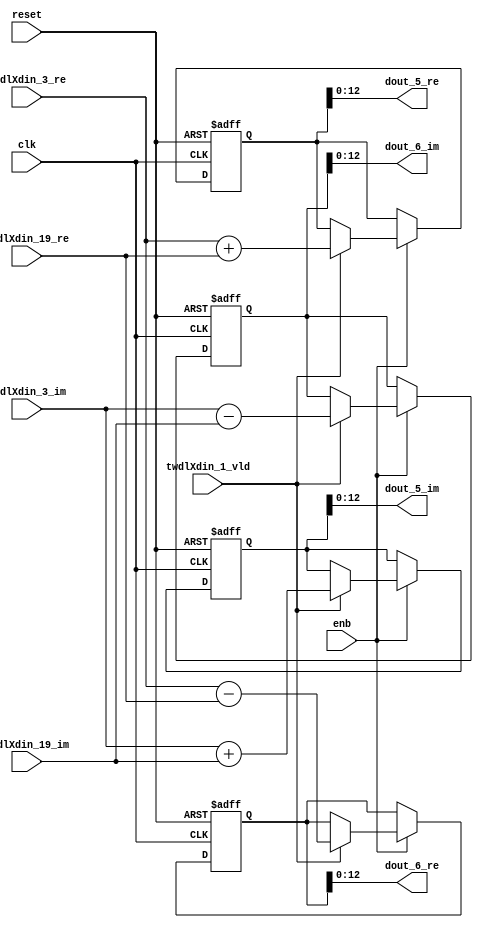
// -------------------------------------------------------------
// 
// 
// Generated by MATLAB 9.14 and HDL Coder 4.1
// 
// -------------------------------------------------------------


// -------------------------------------------------------------
// 
// Module: RADIX22FFT_SDNF1_1_block1
// Source Path: RSP/RSP/Velocity Processor/Doppler Processing/Doppler Processor/FFT/RADIX22FFT_SDNF1_1
// Hierarchy Level: 5
// 
// -------------------------------------------------------------

`timescale 1 ns / 1 ns

module RADIX22FFT_SDNF1_1_block1
          (clk,
           reset,
           enb,
           twdlXdin_3_re,
           twdlXdin_3_im,
           twdlXdin_19_re,
           twdlXdin_19_im,
           twdlXdin_1_vld,
           dout_5_re,
           dout_5_im,
           dout_6_re,
           dout_6_im);


  input   clk;
  input   reset;
  input   enb;
  input   signed [12:0] twdlXdin_3_re;  // sfix13_En10
  input   signed [12:0] twdlXdin_3_im;  // sfix13_En10
  input   signed [12:0] twdlXdin_19_re;  // sfix13_En10
  input   signed [12:0] twdlXdin_19_im;  // sfix13_En10
  input   twdlXdin_1_vld;
  output  signed [12:0] dout_5_re;  // sfix13_En10
  output  signed [12:0] dout_5_im;  // sfix13_En10
  output  signed [12:0] dout_6_re;  // sfix13_En10
  output  signed [12:0] dout_6_im;  // sfix13_En10


  reg signed [13:0] Radix22ButterflyG1_NF_btf1_re_reg;  // sfix14
  reg signed [13:0] Radix22ButterflyG1_NF_btf1_im_reg;  // sfix14
  reg signed [13:0] Radix22ButterflyG1_NF_btf2_re_reg;  // sfix14
  reg signed [13:0] Radix22ButterflyG1_NF_btf2_im_reg;  // sfix14
  reg  Radix22ButterflyG1_NF_dinXtwdl_vld_dly1;
  reg signed [13:0] Radix22ButterflyG1_NF_btf1_re_reg_next;  // sfix14_En10
  reg signed [13:0] Radix22ButterflyG1_NF_btf1_im_reg_next;  // sfix14_En10
  reg signed [13:0] Radix22ButterflyG1_NF_btf2_re_reg_next;  // sfix14_En10
  reg signed [13:0] Radix22ButterflyG1_NF_btf2_im_reg_next;  // sfix14_En10
  reg  Radix22ButterflyG1_NF_dinXtwdl_vld_dly1_next;
  reg signed [12:0] dout_5_re_1;  // sfix13_En10
  reg signed [12:0] dout_5_im_1;  // sfix13_En10
  reg signed [12:0] dout_6_re_1;  // sfix13_En10
  reg signed [12:0] dout_6_im_1;  // sfix13_En10
  reg  dout_5_vld;
  reg signed [13:0] Radix22ButterflyG1_NF_add_cast;  // sfix14_En10
  reg signed [13:0] Radix22ButterflyG1_NF_add_cast_0;  // sfix14_En10
  reg signed [13:0] Radix22ButterflyG1_NF_sub_cast;  // sfix14_En10
  reg signed [13:0] Radix22ButterflyG1_NF_sub_cast_0;  // sfix14_En10
  reg signed [13:0] Radix22ButterflyG1_NF_add_cast_1;  // sfix14_En10
  reg signed [13:0] Radix22ButterflyG1_NF_add_cast_2;  // sfix14_En10
  reg signed [13:0] Radix22ButterflyG1_NF_sub_cast_1;  // sfix14_En10
  reg signed [13:0] Radix22ButterflyG1_NF_sub_cast_2;  // sfix14_En10


  // Radix22ButterflyG1_NF
  always @(posedge clk or posedge reset)
    begin : Radix22ButterflyG1_NF_process
      if (reset == 1'b1) begin
        Radix22ButterflyG1_NF_btf1_re_reg <= 14'sb00000000000000;
        Radix22ButterflyG1_NF_btf1_im_reg <= 14'sb00000000000000;
        Radix22ButterflyG1_NF_btf2_re_reg <= 14'sb00000000000000;
        Radix22ButterflyG1_NF_btf2_im_reg <= 14'sb00000000000000;
        Radix22ButterflyG1_NF_dinXtwdl_vld_dly1 <= 1'b0;
      end
      else begin
        if (enb) begin
          Radix22ButterflyG1_NF_btf1_re_reg <= Radix22ButterflyG1_NF_btf1_re_reg_next;
          Radix22ButterflyG1_NF_btf1_im_reg <= Radix22ButterflyG1_NF_btf1_im_reg_next;
          Radix22ButterflyG1_NF_btf2_re_reg <= Radix22ButterflyG1_NF_btf2_re_reg_next;
          Radix22ButterflyG1_NF_btf2_im_reg <= Radix22ButterflyG1_NF_btf2_im_reg_next;
          Radix22ButterflyG1_NF_dinXtwdl_vld_dly1 <= Radix22ButterflyG1_NF_dinXtwdl_vld_dly1_next;
        end
      end
    end

  always @(Radix22ButterflyG1_NF_btf1_im_reg, Radix22ButterflyG1_NF_btf1_re_reg,
       Radix22ButterflyG1_NF_btf2_im_reg, Radix22ButterflyG1_NF_btf2_re_reg,
       Radix22ButterflyG1_NF_dinXtwdl_vld_dly1, twdlXdin_19_im, twdlXdin_19_re,
       twdlXdin_1_vld, twdlXdin_3_im, twdlXdin_3_re) begin
    Radix22ButterflyG1_NF_add_cast = 14'sb00000000000000;
    Radix22ButterflyG1_NF_add_cast_0 = 14'sb00000000000000;
    Radix22ButterflyG1_NF_sub_cast = 14'sb00000000000000;
    Radix22ButterflyG1_NF_sub_cast_0 = 14'sb00000000000000;
    Radix22ButterflyG1_NF_add_cast_1 = 14'sb00000000000000;
    Radix22ButterflyG1_NF_add_cast_2 = 14'sb00000000000000;
    Radix22ButterflyG1_NF_sub_cast_1 = 14'sb00000000000000;
    Radix22ButterflyG1_NF_sub_cast_2 = 14'sb00000000000000;
    Radix22ButterflyG1_NF_btf1_re_reg_next = Radix22ButterflyG1_NF_btf1_re_reg;
    Radix22ButterflyG1_NF_btf1_im_reg_next = Radix22ButterflyG1_NF_btf1_im_reg;
    Radix22ButterflyG1_NF_btf2_re_reg_next = Radix22ButterflyG1_NF_btf2_re_reg;
    Radix22ButterflyG1_NF_btf2_im_reg_next = Radix22ButterflyG1_NF_btf2_im_reg;
    Radix22ButterflyG1_NF_dinXtwdl_vld_dly1_next = twdlXdin_1_vld;
    if (twdlXdin_1_vld) begin
      Radix22ButterflyG1_NF_add_cast = {twdlXdin_3_re[12], twdlXdin_3_re};
      Radix22ButterflyG1_NF_add_cast_0 = {twdlXdin_19_re[12], twdlXdin_19_re};
      Radix22ButterflyG1_NF_btf1_re_reg_next = Radix22ButterflyG1_NF_add_cast + Radix22ButterflyG1_NF_add_cast_0;
      Radix22ButterflyG1_NF_sub_cast = {twdlXdin_3_re[12], twdlXdin_3_re};
      Radix22ButterflyG1_NF_sub_cast_0 = {twdlXdin_19_re[12], twdlXdin_19_re};
      Radix22ButterflyG1_NF_btf2_re_reg_next = Radix22ButterflyG1_NF_sub_cast - Radix22ButterflyG1_NF_sub_cast_0;
      Radix22ButterflyG1_NF_add_cast_1 = {twdlXdin_3_im[12], twdlXdin_3_im};
      Radix22ButterflyG1_NF_add_cast_2 = {twdlXdin_19_im[12], twdlXdin_19_im};
      Radix22ButterflyG1_NF_btf1_im_reg_next = Radix22ButterflyG1_NF_add_cast_1 + Radix22ButterflyG1_NF_add_cast_2;
      Radix22ButterflyG1_NF_sub_cast_1 = {twdlXdin_3_im[12], twdlXdin_3_im};
      Radix22ButterflyG1_NF_sub_cast_2 = {twdlXdin_19_im[12], twdlXdin_19_im};
      Radix22ButterflyG1_NF_btf2_im_reg_next = Radix22ButterflyG1_NF_sub_cast_1 - Radix22ButterflyG1_NF_sub_cast_2;
    end
    dout_5_re_1 = Radix22ButterflyG1_NF_btf1_re_reg[12:0];
    dout_5_im_1 = Radix22ButterflyG1_NF_btf1_im_reg[12:0];
    dout_6_re_1 = Radix22ButterflyG1_NF_btf2_re_reg[12:0];
    dout_6_im_1 = Radix22ButterflyG1_NF_btf2_im_reg[12:0];
    dout_5_vld = Radix22ButterflyG1_NF_dinXtwdl_vld_dly1;
  end



  assign dout_5_re = dout_5_re_1;

  assign dout_5_im = dout_5_im_1;

  assign dout_6_re = dout_6_re_1;

  assign dout_6_im = dout_6_im_1;

endmodule  // RADIX22FFT_SDNF1_1_block1